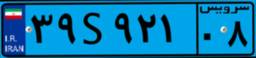
۱۰S۲۸۸۲۶